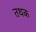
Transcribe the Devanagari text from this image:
तथक